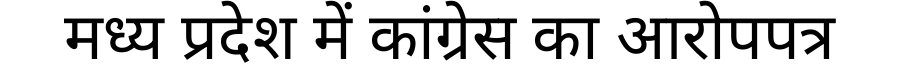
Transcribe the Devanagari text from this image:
मध्य प्रदेश में कांग्रेस का आरोपपत्र